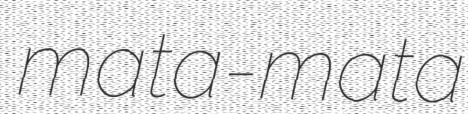
mata-mata